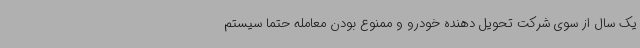
یک سال از سوی شرکت تحویل دهنده خودرو و ممنوع بودن معامله حتما سیستم